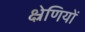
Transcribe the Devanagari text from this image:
क्ष्रेणियों